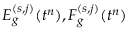
E _ { g } ^ { ( s , j ) } ( t ^ { n } ) , \boldsymbol { F } _ { g } ^ { ( s , j ) } ( t ^ { n } )